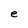
Character: e